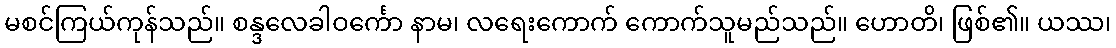
မစင်ကြယ်ကုန်သည်။ စန္ဒလေခါဝင်္ကော နာမ၊ လရေးကောက် ကောက်သူမည်သည်။ ဟောတိ၊ ဖြစ်၏။ ယဿ၊